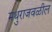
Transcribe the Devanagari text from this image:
मथुराजवळील